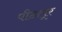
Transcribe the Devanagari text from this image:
पीठापूर